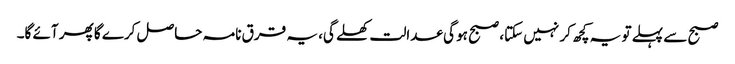
صبح سے پہلے تو یہ کچھ کر نہیں سکتا، صبح ہو گی عدالت کھلے گی، یہ قرق نامہ حاصل کرے گا پھر آئے گا۔